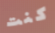
كنت